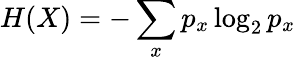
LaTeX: H(X)=-\sum_{x}p_{x}\log_{2}p_{x}